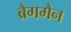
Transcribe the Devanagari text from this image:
ब्रैगमैन